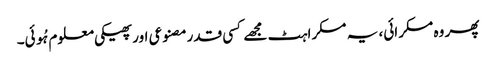
پھر وہ مسکرائی، یہ مسکراہٹ مجھے کسی قدرمصنوعی اور پھیکی معلوم ہُوئی۔